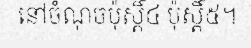
នៅចំណុចប៉ុស្តិ៍៤ ប៉ុស្តិ៍៥។